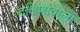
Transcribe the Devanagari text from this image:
दक्षिणावाला